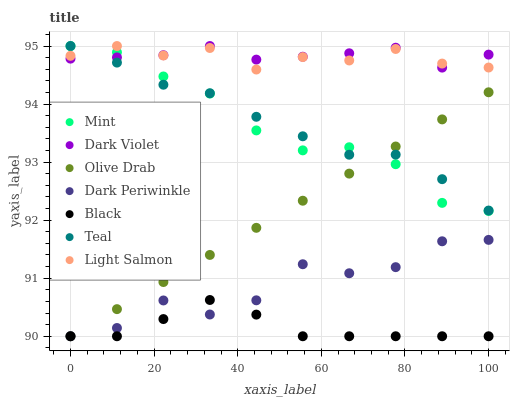
| xaxis_label | Mint | Dark Violet | Olive Drab | Dark Periwinkle | Black | Teal | Light Salmon |
 | --- | --- | --- | --- | --- | --- | --- | --- |
 | 0 | 95 | 94.8 | 90 | 90 | 90 | 95 | 94.8 |
 | 11.1 | 94.9 | 94.8 | 90.5 | 90.1 | 90 | 94.7 | 95 |
 | 22.2 | 94.5 | 94.8 | 90.9 | 90.6 | 90.3 | 94.3 | 94.8 |
 | 33.3 | 94.2 | 95 | 91.4 | 90.4 | 90.6 | 94.2 | 95 |
 | 44.4 | 93.5 | 94.8 | 91.9 | 90.6 | 90.4 | 93.8 | 94.6 |
 | 55.6 | 93.2 | 94.8 | 92.3 | 91.2 | 90 | 93.4 | 94.8 |
 | 66.7 | 93.3 | 94.9 | 92.8 | 91.1 | 90 | 93.1 | 94.8 |
 | 77.8 | 93 | 95 | 93.3 | 91.2 | 90 | 93.1 | 94.9 |
 | 88.9 | 92.3 | 94.6 | 93.7 | 91.6 | 90 | 92.7 | 94.7 |
 | 100 | 92.2 | 94.9 | 94.2 | 91.7 | 90 | 92.2 | 94.6 |